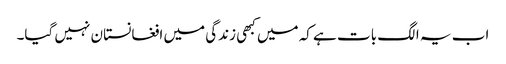
اب یہ الگ بات ہے کہ میں کبھی زندگی میں افغانستان نہیں گیا۔